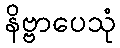
နိဗ္ဗာပေသုံ